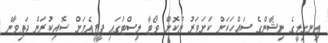
އިނގިލީގެ ނިޝާންގެ ސައްހަކަން ކަށަވަރު ނުކޮށް ވޯޓާ ލިސްޓުގައި ޕީޕީއެމަށް ސޮއިކުރަން ދަތިވާނެ